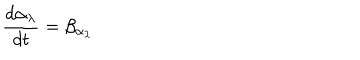
\frac { d \alpha _ { \lambda } } { d t } = \beta _ { \alpha _ { \lambda } }